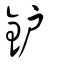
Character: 鈩